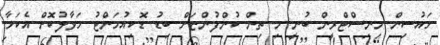
ހައުސިން މިނިސްޓްރީން ބުނީ މި ތިން ކުންފުންޏަށް ބިޑު ޑޮކިއުމަންޓު ހަވާލުކޮށް އެކަމާ